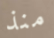
منذ